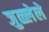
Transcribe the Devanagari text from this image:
जुळ्लेले